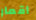
أقمار